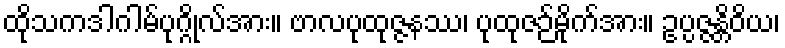
ထိုသကဒါဂါမ်ပုဂ္ဂိုလ်အား။ ဗာလပုထုဇ္ဇနဿ၊ ပုထုဇဉ်မိုက်အား။ ဥပ္ပဇ္ဇန္တိဝိယ၊